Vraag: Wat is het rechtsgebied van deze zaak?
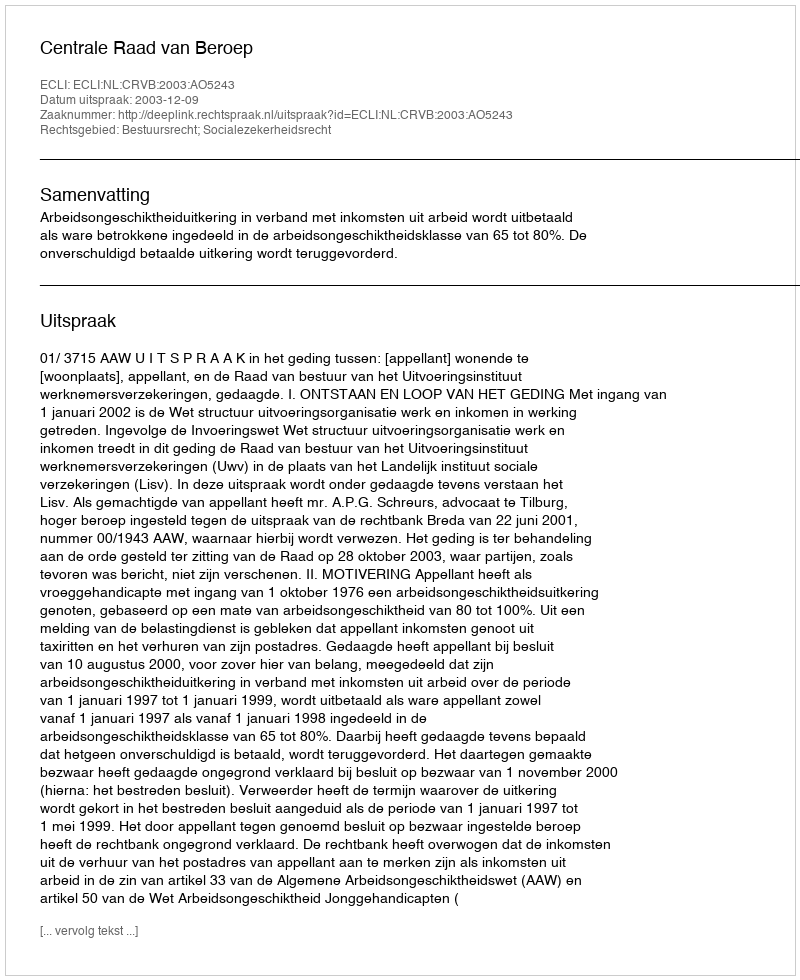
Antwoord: Bestuursrecht; Socialezekerheidsrecht